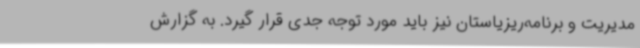
مدیریت و برنامه‌ریزیاستان نیز باید مورد توجه جدی قرار گیرد. به گزارش